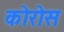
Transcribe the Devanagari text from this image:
कोरोस